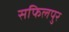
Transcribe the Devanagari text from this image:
सफिलपुर